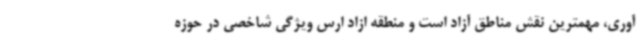
آوری، مهمترین نقش مناطق آزاد است و منطقه ازاد ارس ویژگی شاخصی در حوزه